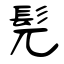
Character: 髡